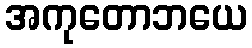
အကုတောဘယေ